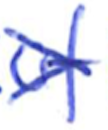
Text: of
Cross-out: cross
Writing tool: ballpoint